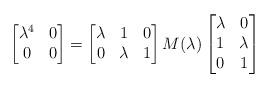
LaTeX: \begin{align*}\begin{bmatrix}\lambda^4 & 0 \\ 0 & 0 \end{bmatrix} =\begin{bmatrix}\lambda & 1 & 0 \\0 & \lambda & 1\end{bmatrix}M(\lambda)\begin{bmatrix}\lambda & 0 \\ 1 & \lambda \\ 0 & 1\end{bmatrix}\end{align*}